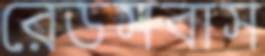
রেডসবাস